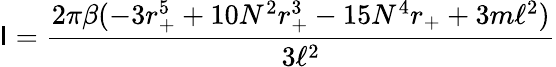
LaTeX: \mathsf{I}=\frac{{2\pi\beta(-3r_{+}^{5}+10N^{2}r_{+}^{3}-15N^{4}r_{+}+3m\ell^{2})}}{{3\ell^{2}}}